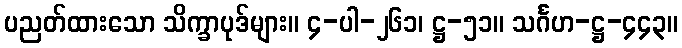
ပညတ်ထားသော သိက္ခာပုဒ်များ။ ၄-ပါ-၂၆၁၊ ဋ္ဌ-၅၁။ သင်္ဂဟ-ဋ္ဌ-၄၄၃။